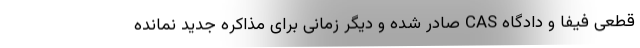
قطعی فیفا و دادگاه CAS صادر شده و دیگر زمانی برای مذاکره جدید نمانده